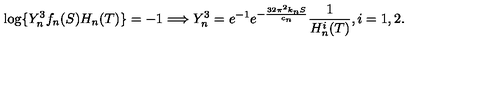
\log \{ Y _ { n } ^ { 3 } f _ { n } ( S ) H _ { n } ( T ) \} = - 1 \Longrightarrow Y _ { n } ^ { 3 } = e ^ { - 1 } e ^ { - \frac { 3 2 \pi ^ { 2 } k _ { n } S } { c _ { n } } } \frac { 1 } { H _ { n } ^ { i } ( T ) } , i = 1 , 2 .